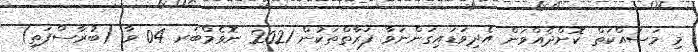
މި މަސައްކަތް ކޮށްދެއްވަން އެދިވަޑައިގަންނަވާ ފަރާތްތަކުން 2021 ނޮވެމްބަރ 04 ވާ (ބުރާސްފަތި)